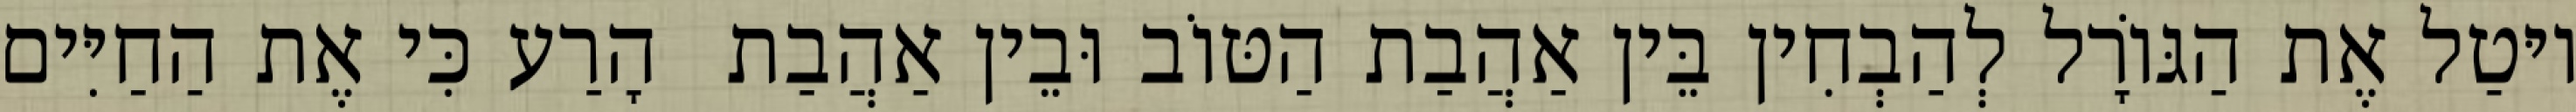
יוּטַל אֶת הַגּוֹרָל לְהַבְחִין בֵּין אַהֲבַת הַטּוֹב וּבֵין אַהֲבַת  הָרַע כִּי אֶת הַחַיִּים